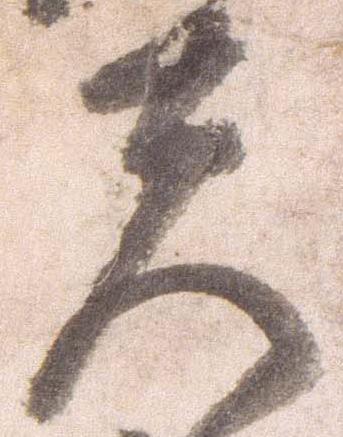
夫